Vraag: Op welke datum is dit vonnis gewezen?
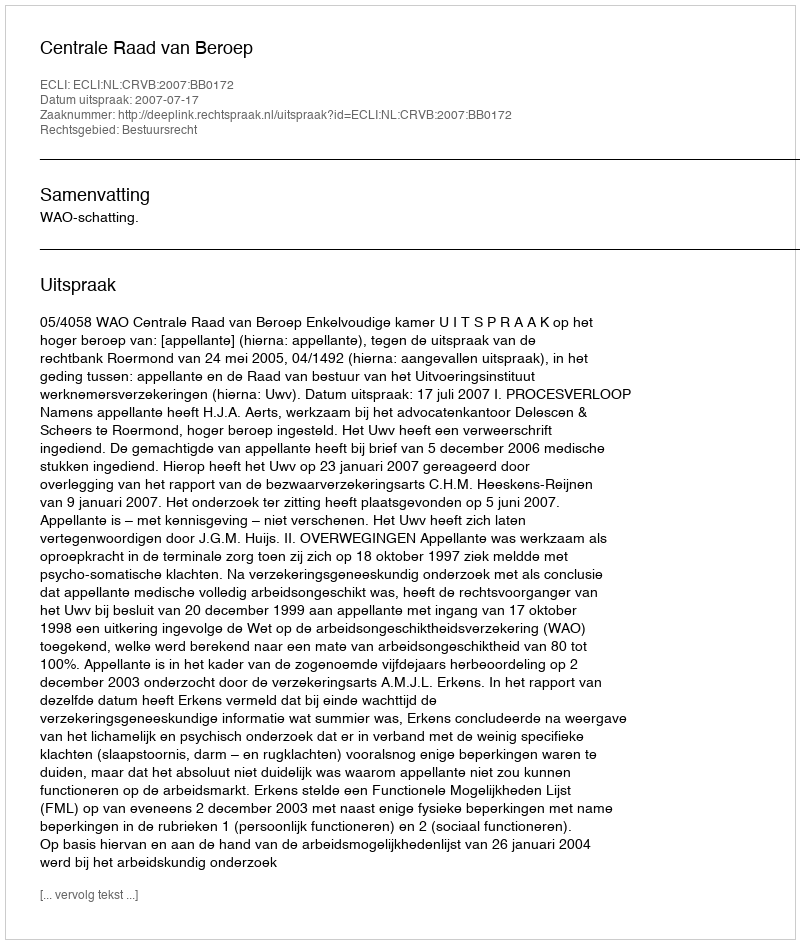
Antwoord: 2007-07-17